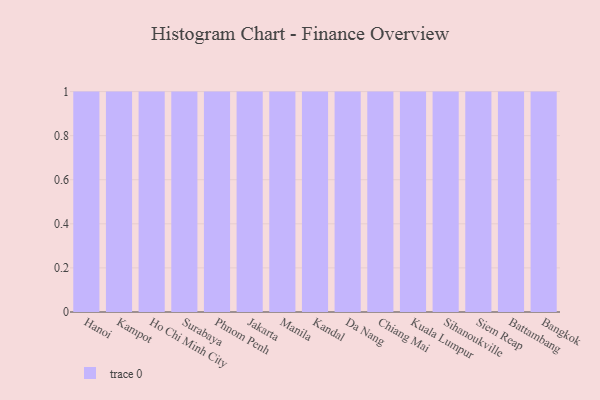
{"axis": {"x": "City", "y": "Inventory Turnover"}, "legend": [""], "data": [{"x": "Hanoi", "y": 56, "type": ""}, {"x": "Kampot", "y": 4, "type": ""}, {"x": "Ho Chi Minh City", "y": 87, "type": ""}, {"x": "Surabaya", "y": 77, "type": ""}, {"x": "Phnom Penh", "y": 96, "type": ""}, {"x": "Jakarta", "y": 49, "type": ""}, {"x": "Manila", "y": 19, "type": ""}, {"x": "Kandal", "y": 82, "type": ""}, {"x": "Da Nang", "y": 44, "type": ""}, {"x": "Chiang Mai", "y": 98, "type": ""}, {"x": "Kuala Lumpur", "y": 65, "type": ""}, {"x": "Sihanoukville", "y": 36, "type": ""}, {"x": "Siem Reap", "y": 30, "type": ""}, {"x": "Battambang", "y": 63, "type": ""}, {"x": "Bangkok", "y": 6, "type": ""}]}